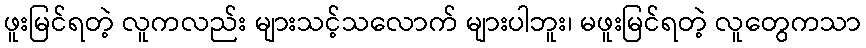
ဖူးမြင်ရတဲ့ လူကလည်း များသင့်သလောက် များပါဘူး၊ မဖူးမြင်ရတဲ့ လူတွေကသာ